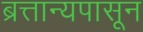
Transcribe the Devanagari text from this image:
ब्रत्तान्यपासून